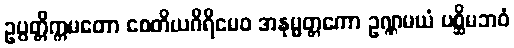
ဥပ္ပတ္တိက္ကမတော စေတိယဂိရိမေဝ အနုမ္မတ္တကော ဥဏ္ဏမယံ ပစ္ဆိမဘဝံ